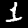
Digit: 1